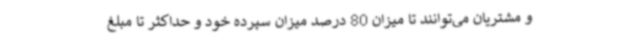
و مشتریان می‌توانند تا میزان 80 درصد میزان سپرده خود و حداکثر تا مبلغ